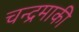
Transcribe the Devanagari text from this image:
चन्द्रमाकी